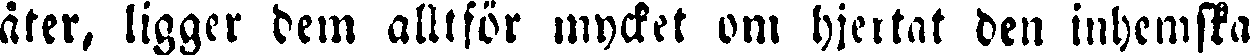
åter, ligger dem alltför mycket om hjertat den inhemska